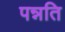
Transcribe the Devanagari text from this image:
पन्नति